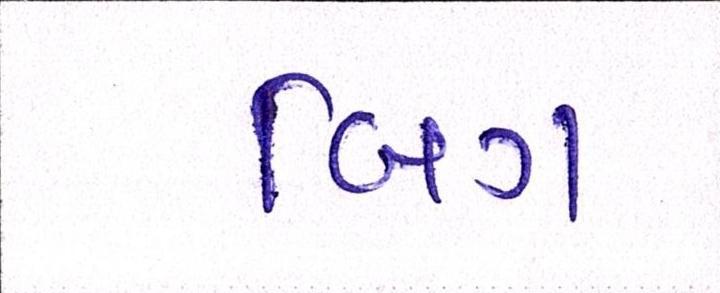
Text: બિગ